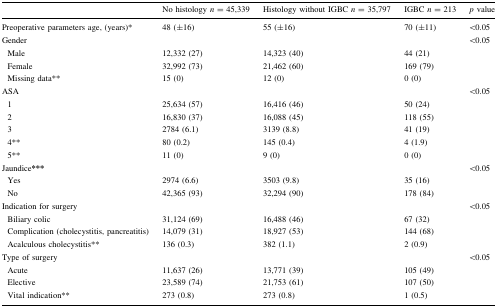
|  | No histology n = 45,339 | Histology without IGBC n = 35,797 | IGBC n = 213 | p value |
 | --- | --- | --- | --- | --- |
 | Preoperative parameters age, (years)* | 48 (±16) | 55 (±16) | 70 (±11) | <0.05 |
 | Gender |  |  |  | <0.05 |
 | Male | 12,332 (27) | 14,323 (40) | 44 (21) |  |
 | Female | 32,992 (73) | 21,462 (60) | 169 (79) |  |
 | Missing data** | 15 (0) | 12 (0) | 0 (0) |  |
 | ASA |  |  |  | <0.05 |
 | 1 | 25,634 (57) | 16,416 (46) | 50 (24) |  |
 | 2 | 16,830 (37) | 16,088 (45) | 118 (55) |  |
 | 3 | 2784 (6.1) | 3139 (8.8) | 41 (19) |  |
 | 4** | 80 (0.2) | 145 (0.4) | 4 (1.9) |  |
 | 5** | 11 (0) | 9 (0) | 0 (0) |  |
 | Jaundice*** |  |  |  | <0.05 |
 | Yes | 2974 (6.6) | 3503 (9.8) | 35 (16) |  |
 | No | 42,365 (93) | 32,294 (90) | 178 (84) |  |
 | Indication for surgery |  |  |  | <0.05 |
 | Biliary colic | 31,124 (69) | 16,488 (46) | 67 (32) |  |
 | Complication (cholecystitis, pancreatitis) | 14,079 (31) | 18,927 (53) | 144 (68) |  |
 | Acalculous cholecystitis** | 136 (0.3) | 382 (1.1) | 2 (0.9) |  |
 | Type of surgery |  |  |  | <0.05 |
 | Acute | 11,637 (26) | 13,771 (39) | 105 (49) |  |
 | Elective | 23,589 (74) | 21,753 (61) | 107 (50) |  |
 | Vital indication** | 273 (0.8) | 273 (0.8) | 1 (0.5) |  |